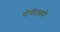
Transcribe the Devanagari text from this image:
पीवीलक्ष्मी